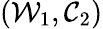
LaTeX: (\mathcal{W}_{1},\mathcal{C}_{2})